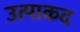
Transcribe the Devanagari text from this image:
उत्पाकद